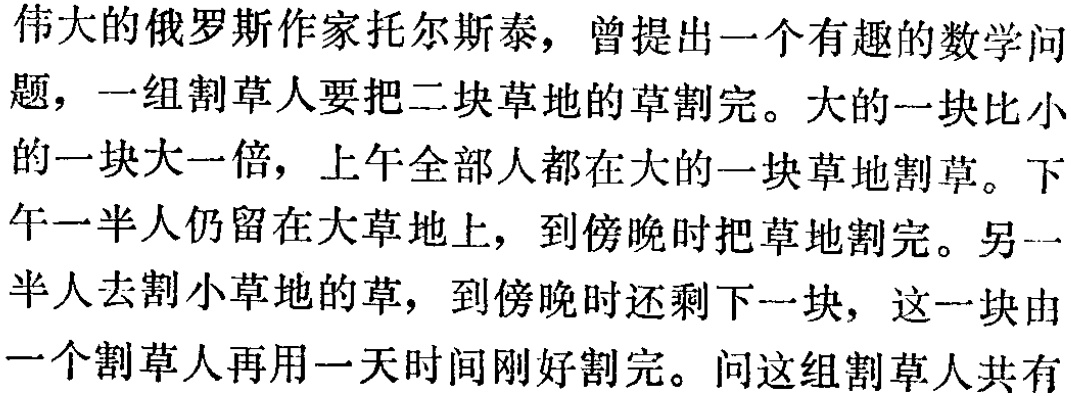
伟大的俄罗斯作家托尔斯泰，曾提出一个有趣的数学问题，一组割草人要把二块草地的草割完。大的一块比小的一块大一倍，上午全部人都在大的一块草地割草。下午一半人仍留在大草地上，到傍晚时把草地割完。另一半人去割小草地的草，到傍晚时还剩下一块，这一块由一个割草人再用一天时间刚好割完。问这组割草人共有